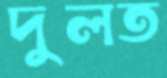
দুলত